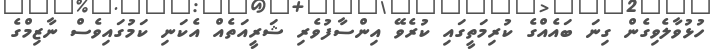
ހުޅުވާލެވިގެން ގިނަ ބައެއްގެ ކުރިމަތީގައި ކުރެވޭ އިންސާފުވެރި ޝަރީއަތެއް އެކަނި ކަމުގައިވެސް ނާޒިމްގެ